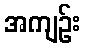
အကျဉ်း